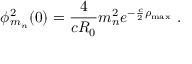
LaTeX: \phi _ { m _ { n } } ^ { 2 } ( 0 ) = \frac { 4 } { c R _ { 0 } } m _ { n } ^ { 2 } e ^ { - \frac { c } { 2 } \rho _ { \mathrm { m a x } } } ~ .